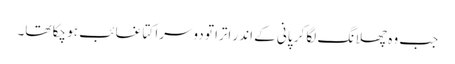
جب وہ چھلانگ لگا کر پانی کے اندر اترا تو دوسرا کتا غائب ہو چکا تھا۔